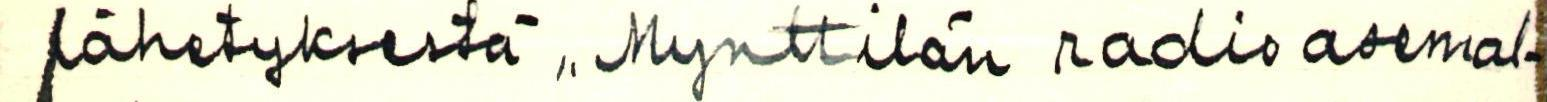
lähetyksestä ,,Mynttilän radioasemal-